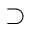
\supset